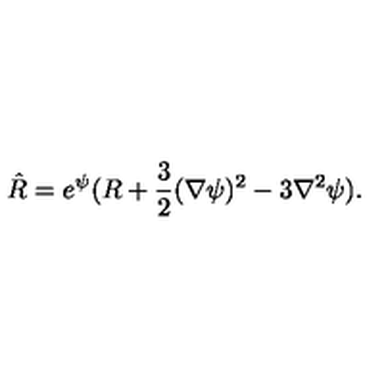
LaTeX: \hat { R } = e ^ { \psi } ( R + \frac { 3 } { 2 } ( \nabla \psi ) ^ { 2 } - 3 \nabla ^ { 2 } \psi ) .